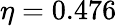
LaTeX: \eta=0.476